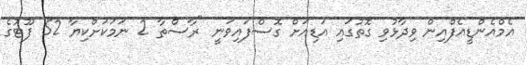
އެމްއެންޑީއެފްއިން ވިދާޅުވި ގޮތުގައި އަޑިއަށް ގޮސްފައިވަނީ "ރާސްތާ 2 ނަމަކަށްކިޔާ 52 ފޫޓުގެ